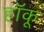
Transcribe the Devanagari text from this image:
हॉकू